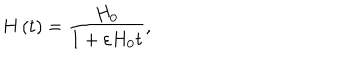
H \left( t \right) = \frac { H _ { 0 } } { 1 + \varepsilon H _ { 0 } t } ,